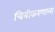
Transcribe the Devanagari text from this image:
चित्रीकरणाला